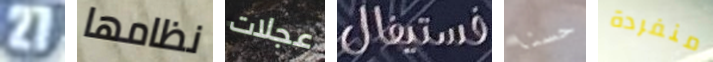
27 نظامها عجلات فستيفال حسنا منفردة